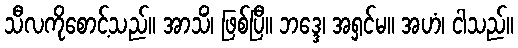
သီလကိုစောင့်သည်။ အာသိံ၊ ဖြစ်ပြီ။ ဘဒ္ဒေ၊ အရှင်မ။ အဟံ၊ ငါသည်။